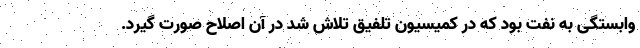
وابستگی به نفت بود که در کمیسیون تلفیق تلاش شد در آن اصلاح صورت گیرد.